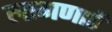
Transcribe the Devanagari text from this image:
लागणारें